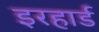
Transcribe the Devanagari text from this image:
इरहार्ड